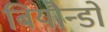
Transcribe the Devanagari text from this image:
बियौन्डो